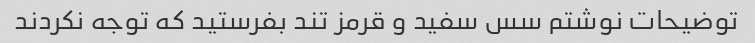
توضیحات نوشتم سس سفید و قرمز تند بفرستید که توجه نکردند